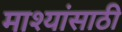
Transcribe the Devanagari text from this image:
माश्यांसाठी